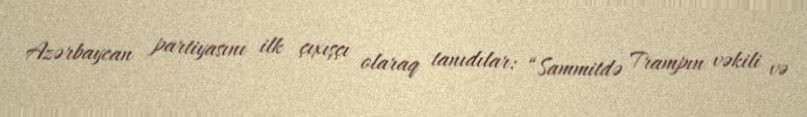
Azərbaycan partiyasını ilk çıxışçı olaraq tanıdılar: “Sammitdə Trampın vəkili və